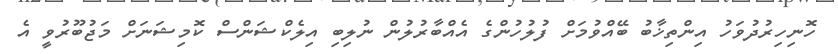
ހޮނިހިރުދުވަހު އިންތިޚާބު ބޭއްވުމަށް ފުލުހުންގެ އެއްބާރުލުން ނުލިބި އިލެކްޝަންސް ކޮމިޝަނަށް މަޖުބޫރުވީ އެ